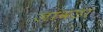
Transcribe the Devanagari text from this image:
जावडा